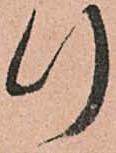
行